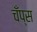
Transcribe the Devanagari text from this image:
चँप्स